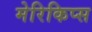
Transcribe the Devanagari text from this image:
मेरिकिप्स